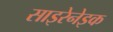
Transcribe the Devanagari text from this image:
साइरेनेइक